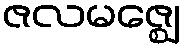
ဇလမဇ္ဈေ